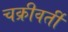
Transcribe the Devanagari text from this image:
चक्रीवर्ती